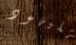
لليهود